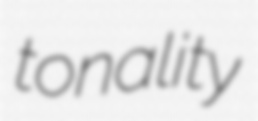
tonality